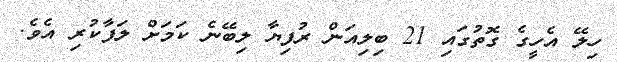
ހިލޭ އެހީގެ ގޮތުގައި 21 ބިލިއަން ރުފިޔާ ލިބޭނެ ކަމަށް ލަފާކުރި އެވެެ.